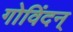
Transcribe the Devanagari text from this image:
गोविंदन्